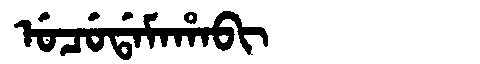
Manchu: ᡠᠴᡠᡩᠠᠮᠠᡥᠠᠪᡳ
Romanization: UCUDAMAHABI